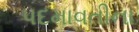
પદમાવતીના